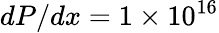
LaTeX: dP/dx=1\times 10^{16}